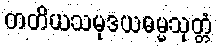
တတိယသမုဒယဓမ္မသုတ္တံ